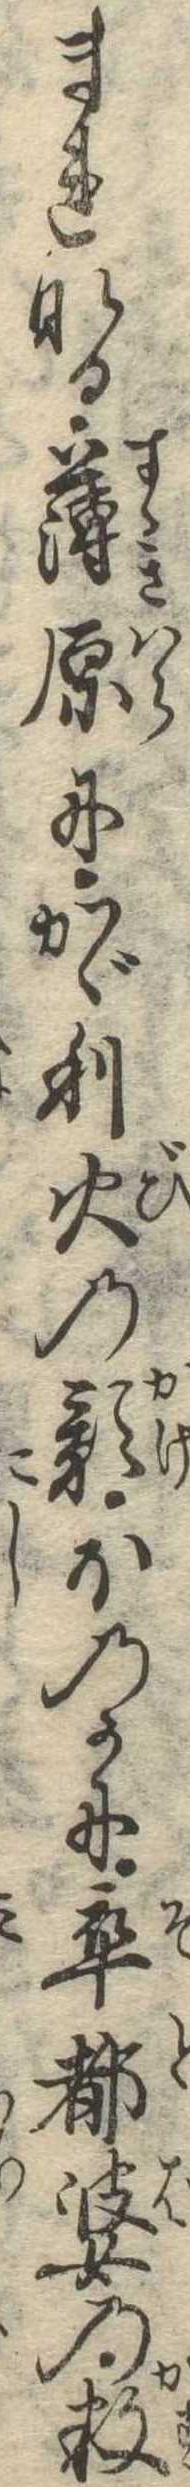
まれなる薄原にかゞり火の影ほのかに卒都婆の数